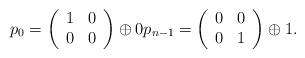
LaTeX: \begin{align*}p_0 = \left(\begin{array}{cc} 1 & 0 \\ 0 & 0 \end{array}\right) \oplus 0 p_{n-1} =\left(\begin{array}{cc} 0 & 0 \\ 0 & 1 \end{array}\right) \oplus 1.\end{align*}